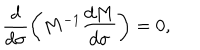
\frac { d } { d \sigma } \left( M ^ { - 1 } \frac { d M } { d \sigma } \right) = 0 ,